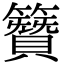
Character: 𮆪